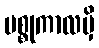
မစ္စုကာလမှိ